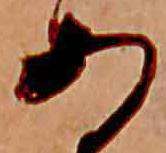
あ